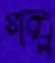
গল্প